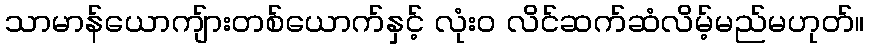
သာမာန်ယောကျ်ားတစ်ယောက်နှင့် လုံး၀ လိင်ဆက်ဆံလိမ့်မည်မဟုတ်။